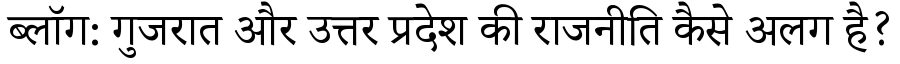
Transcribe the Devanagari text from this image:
ब्लॉग: गुजरात और उत्तर प्रदेश की राजनीति कैसे अलग है?